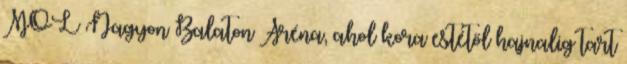
MOL Nagyon Balaton Aréna, ahol kora estétől hajnalig tart